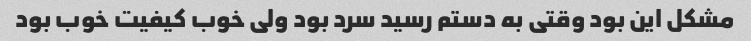
مشکل این بود وقتی به دستم رسید سرد بود ولی خوب کیفیت خوب بود